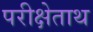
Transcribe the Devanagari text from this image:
परीक्षेताथ